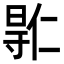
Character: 𫴮